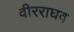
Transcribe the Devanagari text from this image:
वीरराघव